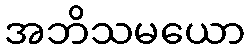
အဘိသမယော